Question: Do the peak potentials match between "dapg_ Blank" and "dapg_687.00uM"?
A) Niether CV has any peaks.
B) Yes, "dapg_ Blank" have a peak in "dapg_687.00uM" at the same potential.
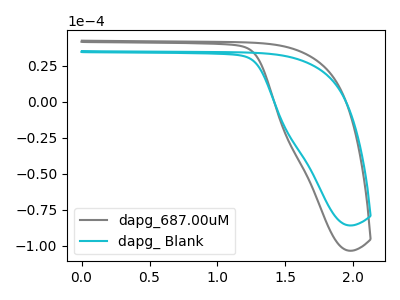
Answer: <think>The gray curve "dapg_687.00uM" has no peaks. The cyan curve "dapg_ Blank" has no peaks.</think>
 <answer>A) Niether CV has any peaks.</answer>
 <eval>A</eval>